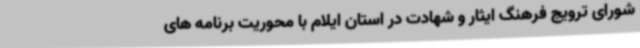
شورای ترویج فرهنگ ایثار و شهادت در استان ایلام با محوریت برنامه های